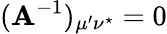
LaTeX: ({\mathbf A}^{-1})_{\mu^{\prime}\nu^{\star}}=0